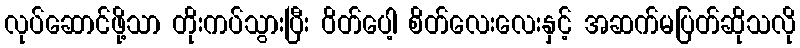
လုပ်ဆောင်ဖို့သာ တိုးကပ်သွားပြီး ဝိတ်ပေါ့ စိတ်လေးလေးနှင့် အဆက်မပြတ်ဆိုသလို